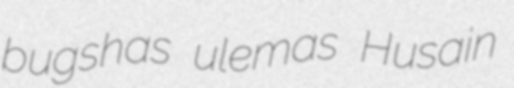
bugshas ulemas Husain